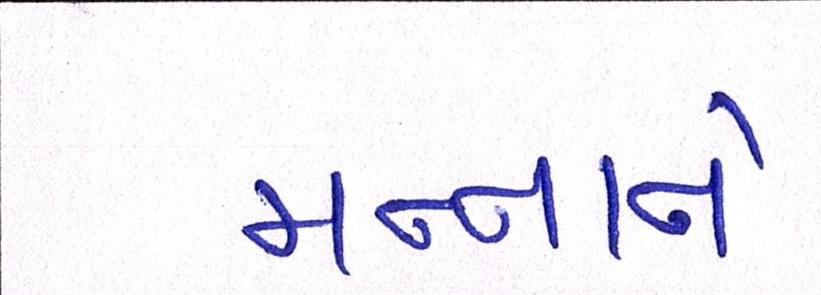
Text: મન્નાને